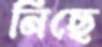
নিছে